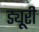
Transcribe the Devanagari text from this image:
ड्यूरी